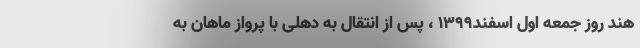
هند روز جمعه اول اسفند۱۳۹۹ ، پس از انتقال به دهلی با پرواز ماهان به